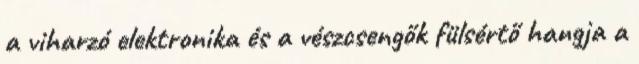
a viharzó elektronika és a vészcsengők fülsértő hangja a